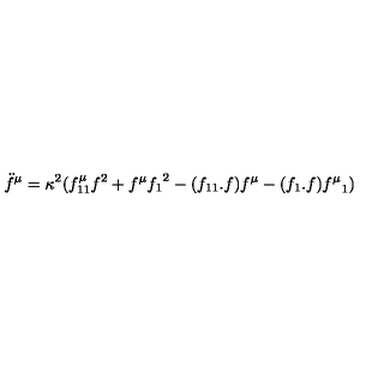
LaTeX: \ddot { f } ^ { \mu } = \kappa ^ { 2 } ( f _ { 1 1 } ^ { \mu } f ^ { 2 } + f ^ { \mu } { f _ { 1 } } ^ { 2 } - ( f _ { 1 1 } . f ) f ^ { \mu } - ( f _ { 1 } . f ) { f ^ { \mu } } _ { 1 } )